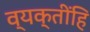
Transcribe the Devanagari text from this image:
व्यक्तींहि